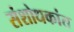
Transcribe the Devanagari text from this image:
संशोधकांत